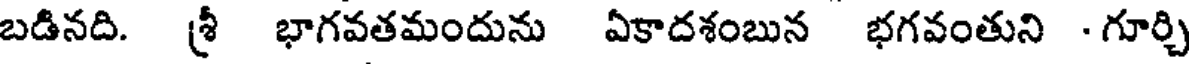
బడినది. శ్రీ భాగవతమందును ఏకాదశంబున భగవంతుని - గూర్చి